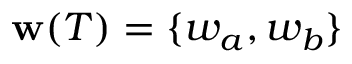
\mathbf { w } ( T ) = \{ w _ { a } , w _ { b } \}